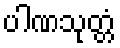
ပါဏသုတ္တံ